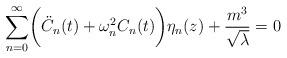
LaTeX: \begin{align*} \sum _{n=0}^{\infty} \biggl({\ddot C}_n(t) + \omega _n ^2 C_n(t)\biggr) \eta _n (z) + \frac {m^3}{\sqrt \lambda} = 0\end{align*}